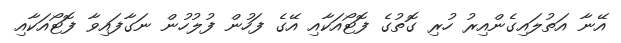
އޭނާ އަތުލައިގެންއިރު ހުރި ގޮތުގެ ފޮޓޯއަކާއި އޭގެ ފަހުން ފުލުހުން ނަގާފައިވާ ފޮޓޯއަކާއި